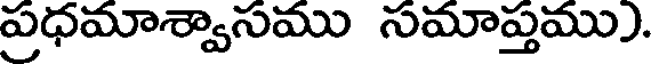
ప్రధమాశ్వాసము సమాప్తము).